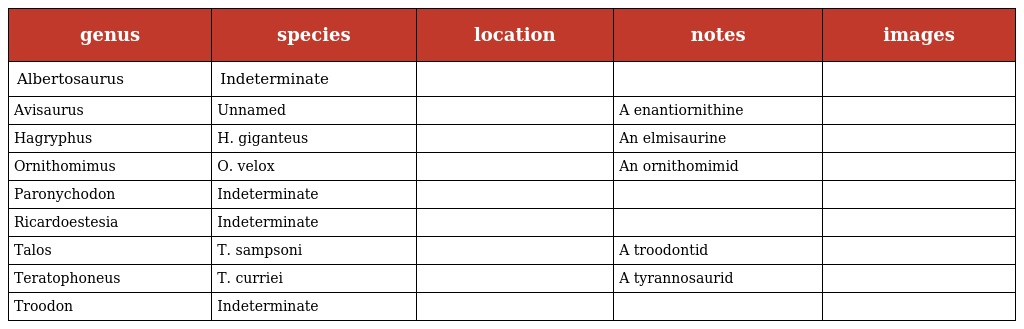
| genus | species | location | notes | images |
 | --- | --- | --- | --- | --- |
 | Albertosaurus | Indeterminate |  |  |  |
 | Avisaurus | Unnamed |  | A enantiornithine |  |
 | Hagryphus | H. giganteus |  | An elmisaurine |  |
 | Ornithomimus | O. velox |  | An ornithomimid |  |
 | Paronychodon | Indeterminate |  |  |  |
 | Ricardoestesia | Indeterminate |  |  |  |
 | Talos | T. sampsoni |  | A troodontid |  |
 | Teratophoneus | T. curriei |  | A tyrannosaurid |  |
 | Troodon | Indeterminate |  |  |  |